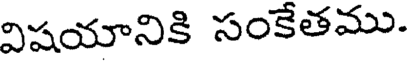
విషయానికి సంకేతము.